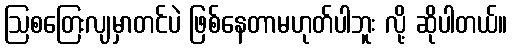
ဩစတြေးလျမှာတင်ပဲ ဖြစ်နေတာမဟုတ်ပါဘူး လို့ ဆိုပါတယ်။